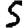
Digit: 5